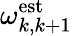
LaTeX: \omega_{k,k+1}^{\textrm{est}}